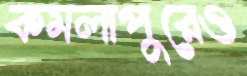
কমলাপুরেও